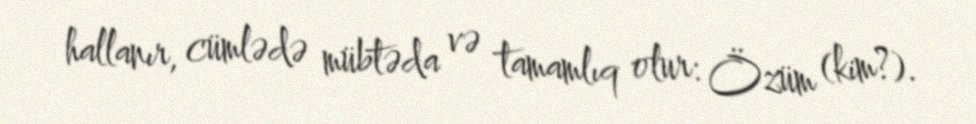
hallanır, cümlədə mübtəda və tamamlıq olur: Özüm (kim?).